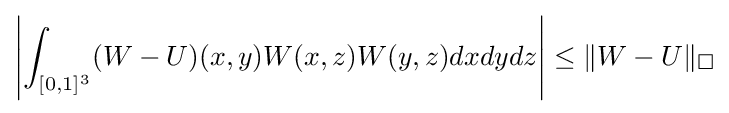
\left|\int _{[0,1]^{3}}(W-U)(x,y)W(x,z)W(y,z)dxdydz\right|\leq \|W-U\|_{\square }